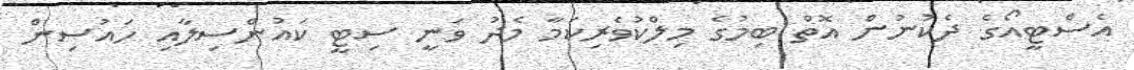
އެސްޓީއޯގެ ދެކުނުން އޮތް ބިމުގެ މިލްކުވެރިކަމާ މެދު ވަނީ ސިޓީ ކައުންސިލާއި ހައުސިން